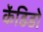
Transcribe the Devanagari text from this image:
केंडिडो